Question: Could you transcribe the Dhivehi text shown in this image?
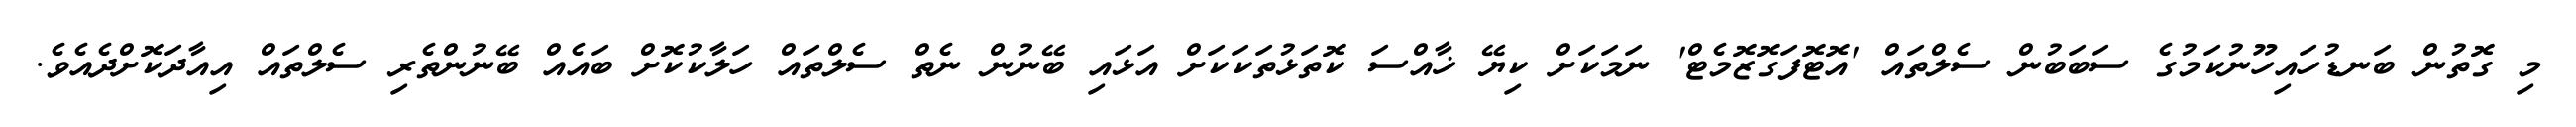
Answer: މި ގޮތުން ބަނޑުހައިހޫނުކަމުގެ ސަބަބުން ސެލްތައް 'އޮޓޮފަގޮޒޮމެޓް' ނަމަކަށް ކިޔޭ ޚާއްސަ ކޮތަޅުތަކަކަށް އަޅައި ބޭނުން ނެތް ސެލްތައް ހަލާކުކޮށް ބައެއް ބޭނުންތެރި ސެލްތައް އިއާދަކޮށްދެއެވެ.